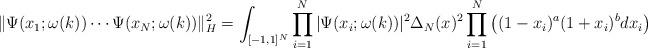
LaTeX: \begin{align*}\| \Psi(x_1; \omega(k))\cdots\Psi(x_N; \omega(k))\|_H^2 = \int_{[-1, 1]^N}{\prod_{i=1}^N{|\Psi(x_i; \omega(k))|^2}\Delta_N(x)^2\prod_{i=1}^N{\left((1-x_i)^a(1+x_i)^b dx_i\right)}}\end{align*}